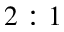
2 : 1